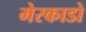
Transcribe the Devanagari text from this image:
मेरकाडो